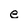
Character: e